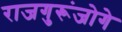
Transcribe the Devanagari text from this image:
राजगुरूंजोगे